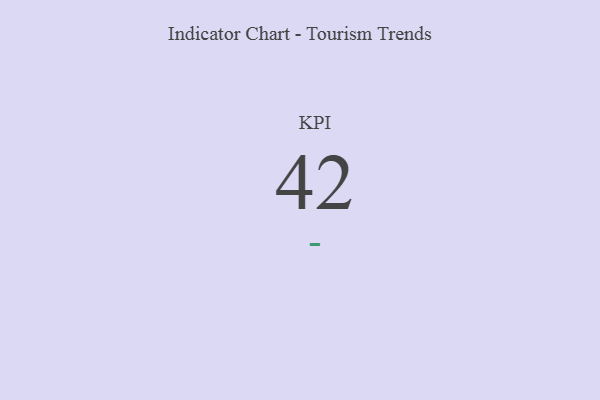
{"axis": {"x": "KPI", "y": "Value"}, "legend": [""], "data": [{"x": "KPI", "y": 42, "type": ""}]}